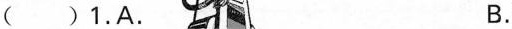
( )1.A. B.